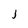
Character: J